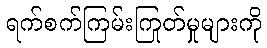
ရက်စက်ကြမ်းကြုတ်မှုများကို